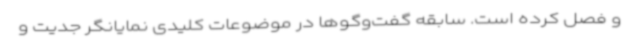
و فصل کرده است. سابقه گفت‌وگوها در موضوعات کلیدی نمایانگر جدیت و